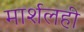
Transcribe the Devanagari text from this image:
मार्शलही